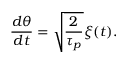
\frac { d \theta } { d t } = \sqrt { \frac { 2 } { \tau _ { p } } } \xi ( t ) .